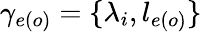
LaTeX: \gamma_{e(o)}=\{ \lambda_{i},l_{e(o)}\}